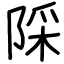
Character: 𨺉